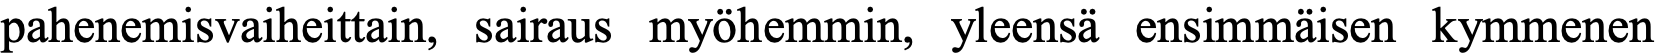
pahenemisvaiheittain, sairaus myöhemmin, yleensä ensimmäisen kymmenen